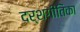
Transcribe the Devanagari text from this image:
दर्शगीतिका